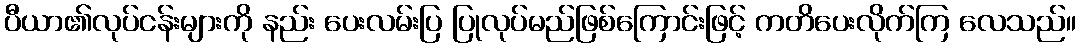
ပီယာ၏လုပ်ငန်းများကို နည်း ပေးလမ်းပြ ပြုလုပ်မည်ဖြစ်ကြောင်းဖြင့် ကတိပေးလိုက်ကြ လေသည်။